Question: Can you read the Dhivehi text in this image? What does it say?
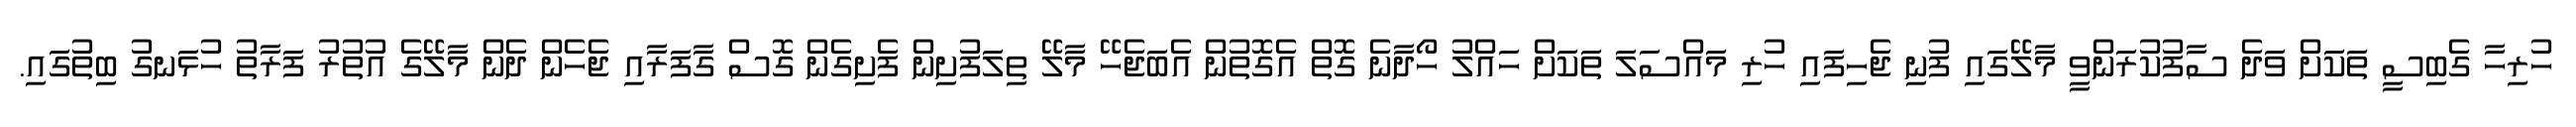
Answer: ހުރިހާ ގެބިސީ ތަކަށް ވަދެ ސާފުކުރަންވީ މާލޭގައި ފުނި ޖެހިފައި ހުރި މައްސަލަ ތަކަށް ހައްލު ހޯދާނެ ގޮތް އެގޮތުން އެބަޖެހޭ މާލޭ ތިލަފުށިން ފެށިގެން ގޮސް ގާފަރާއި ޖެހެން ދެން މާލޭގެ އުތުރު ފަރާތު ހުޅަނގު ބިތުގައި.